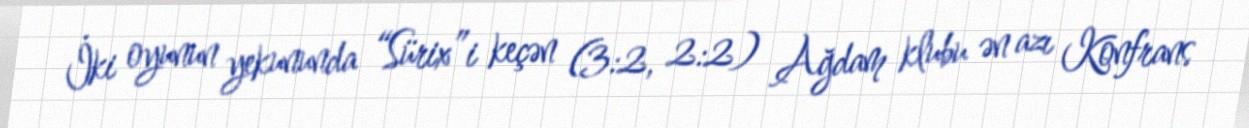
İki oyunun yekununda “Sürix”i keçən (3:2, 2:2) Ağdam klubu ən azı Konfrans